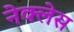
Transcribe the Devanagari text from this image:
नेक्लेस